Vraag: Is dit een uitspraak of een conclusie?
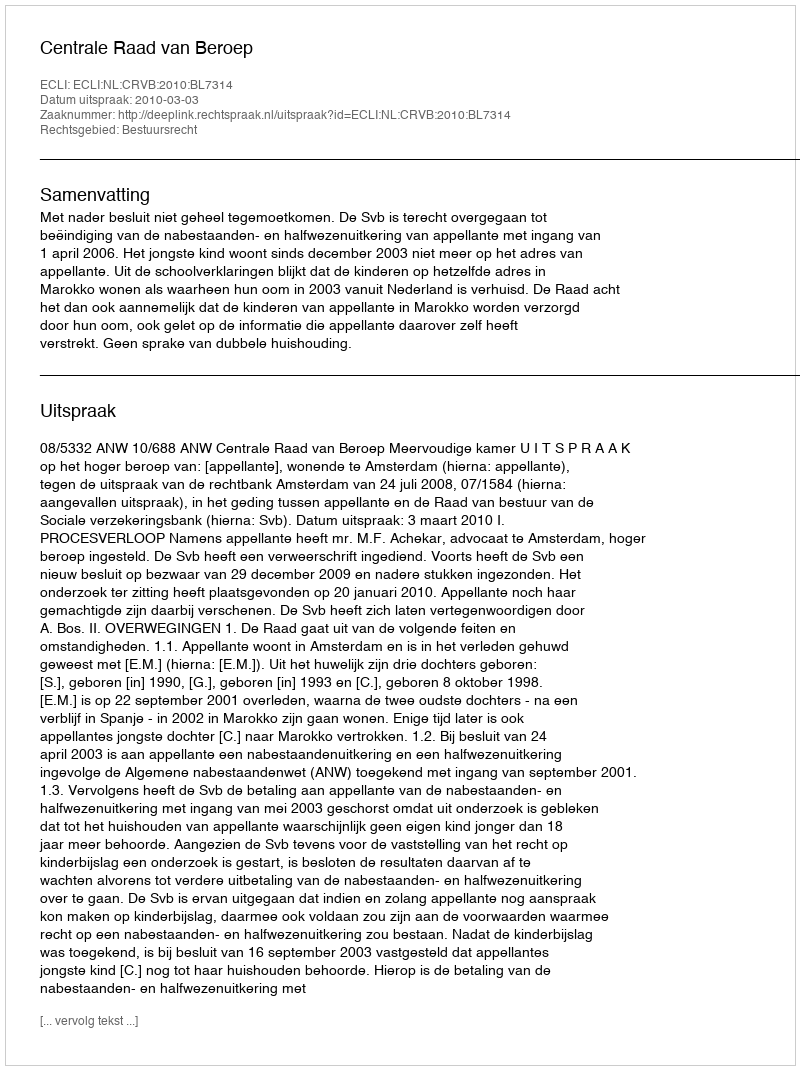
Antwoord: Uitspraak